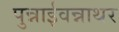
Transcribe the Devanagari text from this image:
पुन्नाईवन्नाथर